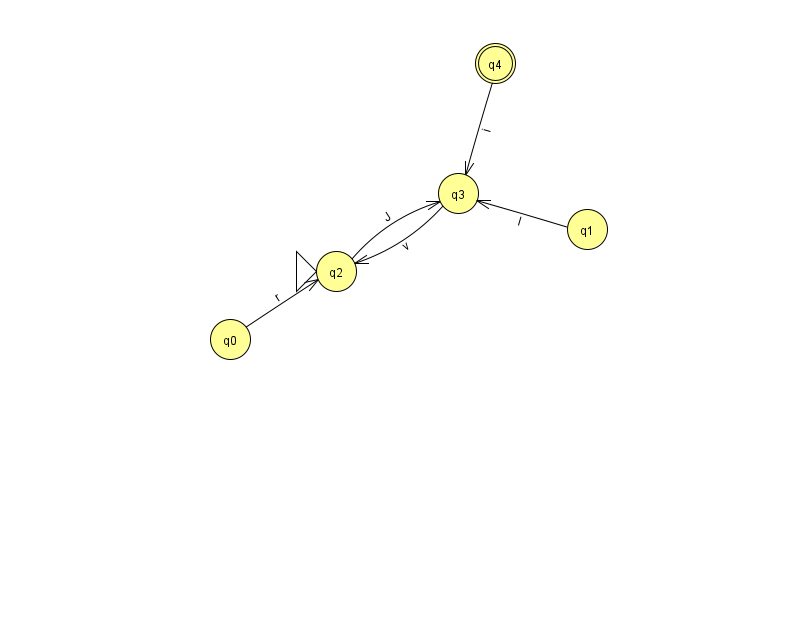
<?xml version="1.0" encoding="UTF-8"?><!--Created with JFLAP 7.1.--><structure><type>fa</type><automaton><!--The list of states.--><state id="0" name="q0"><x>230.0</x><y>326.0</y></state><state id="1" name="q1"><x>587.0</x><y>216.0</y></state><state id="2" name="q2"><x>336.0</x><y>258.0</y><initial/></state><state id="3" name="q3"><x>458.0</x><y>180.0</y></state><state id="4" name="q4"><x>495.0</x><y>50.0</y><final/></state><!--The list of transitions.--><transition><from>2</from><to>3</to><read>J</read></transition><transition><from>4</from><to>3</to><read>i</read></transition><transition><from>0</from><to>2</to><read>r</read></transition><transition><from>1</from><to>3</to><read>I</read></transition><transition><from>3</from><to>2</to><read>v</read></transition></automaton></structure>